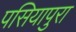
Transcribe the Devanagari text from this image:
पसियापुरा